Vaccination in Bombay 1869-1873 - 1869-1873
Year: 1869
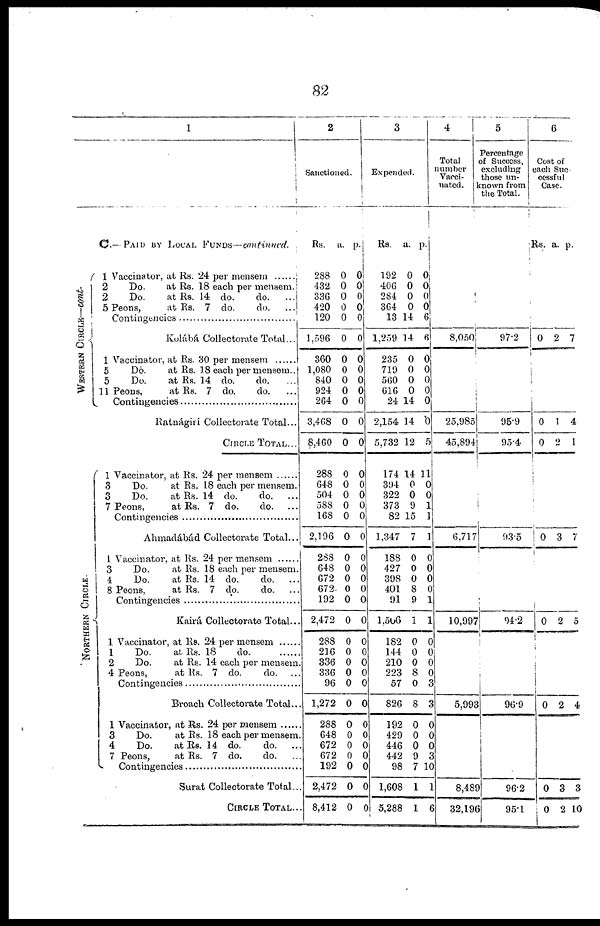
82
1
C.—PAID BY LOCAL FUNDS—continued.
WESTERN CIRCLE—cont.
NORTHERN CIRCLE.
1
2
2
5
1
5
5
11
1
3
3
7
1
3
4
8
1
1
2
4
1
3
4
7
Vaccinator, at Rs. 24 per mensem
Do.
at Rs. 18 each per mensem.
Do.
at Rs. 14 do.
do.
...
Peons,
at Rs. 7 do.
do.
...
Contingencies .......
Kulábá Collectorate Total...
Vaccinator, at Rs. 24 per mensem ......
Do.
at Rs. 18 each per mensem..
Do.
at Rs. 14 do.
do.
Peons,
at Rs. 7 do.
do.
Contingencies ..............
Ratnágirí Collectorate Total...
CIRCLE TOTAL...
Vaccinator, at Rs. 24 per mensem
Do.
at Rs. 18 each per mensem.
Do.
at Rs. 14 do.
do.
...
Peons,
at Rs. 7 do.
do.
Contingencies ...........
Ahmadábád Collectorate Total...
Vaccinator, at Rs. 24 per mensem ......
Do.
at Rs. 18 each per mensem.
Do.
at Rs. 14 do.
do.
Peons,
at Rs. 7 do.
do.
Contingencies ...........
Kairá Collectorate Total...
Vaccinator, at Rs. 24 per mensem ......
Do.
at Rs. 18
do.
Do.
at Rs. 14 each per mensem.
Peons,
at Rs. 7 do.
do. ...
Contingencies ...........
Broach Collectorate Total..
Vaccinator, at Rs. 24 per mensem ......
Do.
at Rs. 18 each per mensem
Do.
at Rs. 14 do.
do.
Peons,
at Rs. 7 do.
do.
Contingencies ..............
Surat Collectorate Total...
CIRCLE TOTAL..
2
Sanctioned.
Rs.
288
432
336
420
120
1,596
360
1,080
840
924
264
3,468
8,460
288
648
504
588
168
2,196
288
648
672
672
192
2,472
288
216
336
336
96
1,272
288
648
672
672
192
2,472
8,412
a.
0
0
0
0
0
0
0
0
0
0
0
0
0
0
0
0
0
0
0
0
0
0
0
0
0
0
0
0
0
0
0
0
0
0
0
0
0
0
p.
0
0
0
0
0
0
0
0
0
0
0
0
0
0
0
0
0
0
0
0
0
0
0
0
0
0
0
0
0
0
0
0
0
0
0
0
0
0
3
Expended.
Rs.
192
406
284
364
13
1,259
235
719
560
616
24
2,154
5,732
174
394
322
373
82
1,347
188
427
398
401
91
1,506
182
144
210
223
57
826
192
429
446
442
98
1,608
5,288
a.
0
0
0
0
14
14
0
0
0
0
14
14
12
14
0
0
9
15
7
0
0
0
8
9
1
0
0
0
8
0
8
0
0
0
9
7
1
1
p.
0
0
0
0
6
6
0
0
0
0
0
0
5
11
0
0
1
1
1
0
0
0
0
1
1
0
0
0
0
3
3
0
0
0
3
10
1
6
4
Total
number
Vacci-
nated.
8,050
25,985
45,894
6,717
10,997
5,993
8,489
32,196
5
Percentage
of Success,
excluding
those un¬
known from
the Total.
97.2
95.9
95.4
93.5
94.2
96.9
96.2
95.1
6
Cost of
each Suc-
cessful
Case.
Rs.
0
0
0
0
0
0
0
0
a.
2
1
2
3
2
2
3
2
p.
7
4
1
7
5
4
3
10